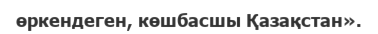
өркендеген, көшбасшы Қазақстан».